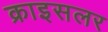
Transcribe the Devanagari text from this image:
क्राइसलर